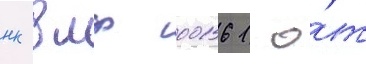
нк вмф 00161 о́т